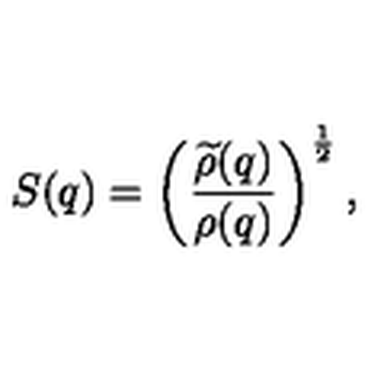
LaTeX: S ( q ) = \left( { \frac { \widetilde { \rho } ( q ) } { \rho ( q ) } } \right) ^ { { \frac { 1 } { 2 } } } ,